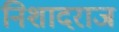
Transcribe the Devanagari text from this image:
निशादराज